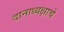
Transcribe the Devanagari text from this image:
दानाध्यक्षाचे